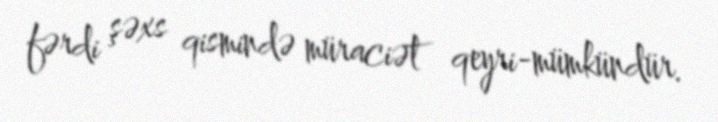
fərdi şəxs qismində müraciət qeyri-mümkündür.